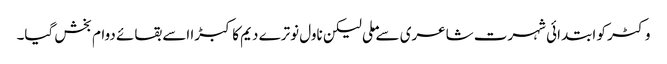
وکٹر کو ابتدائی شہرت شاعری سے ملی لیکن ناول نوترے دیم کا کبڑا اسے بقائے دوام بخش گیا۔